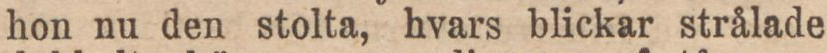
hon nu den stolta, hvars blickar strålade